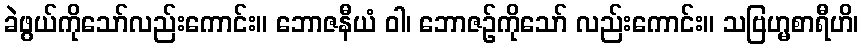
ခဲဖွယ်ကိုသော်လည်းကောင်း။ ဘောဇနီယံ ဝါ၊ ဘောဇဉ်ကိုသော် လည်းကောင်း။ သဗြဟ္မစာရီဟိ၊